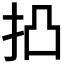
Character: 𢫋